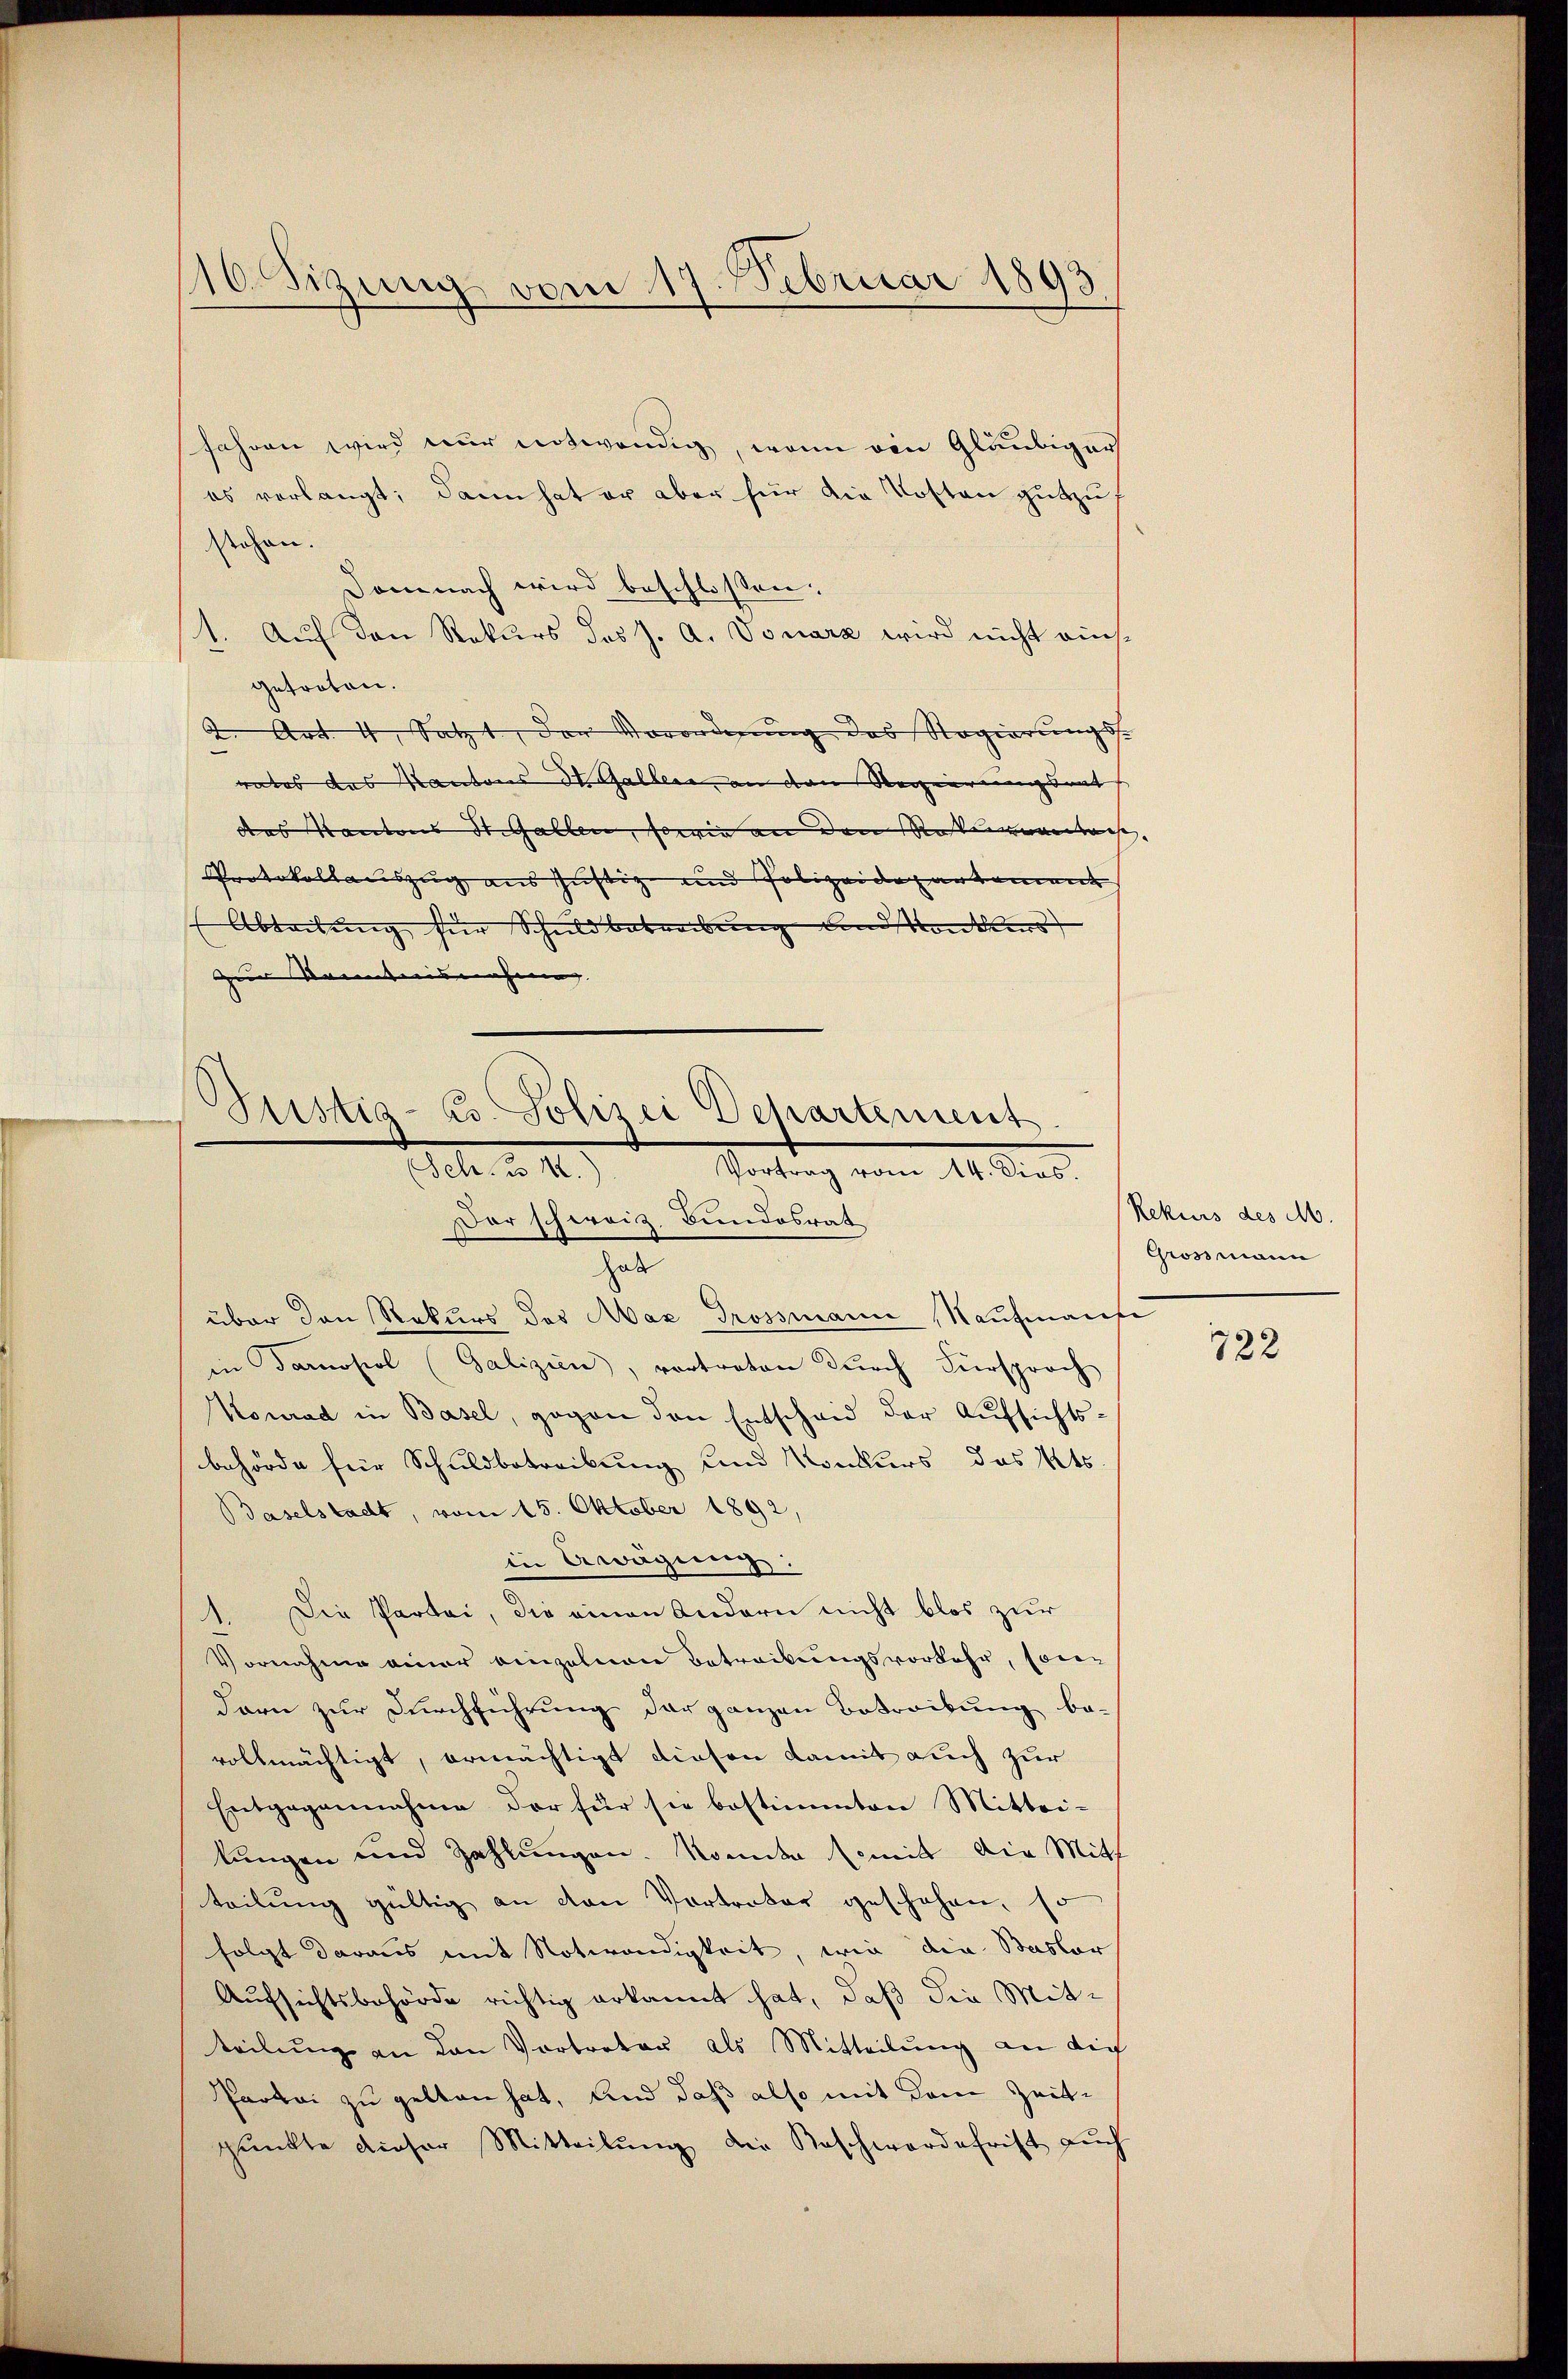
16. Sizung vom 17. Februar 1893
.

Justig- Co. Polizei Departement
10. d. 4.)
Vortrag vom 14. Dies.
Dar schweiz. Bundesrat
hab

fahren wird nur notwendig, wenn ein Gläubigers
es verlangt; dann hat er aber hier die Kosten gutzu
stehen.
Demnach wird beschlossen:
1. Auf den Rekurs des J. A. Vonara wird nicht auch
getreten.
2. Art. 4, Satzt, der Verordnung des Regierungs-
rates des Kantons Schallen, an den Regierungsrat
das Kantons St. Gallen, sowie an den Rossenen ist, |
Protokollauszug aus Justig und Polizeidepartement
Abteilung für Schuldbabreibung und Konkurs
zur Kenntnisnahme |

über den Rekurs des Max Grossmann Naufmanfe
in Barosiol (Galizien, vortreten dŭrch Fürsproch
Konrad in Basel, gegen den Entscheid der Aufsichtsbehörde für Schuldbetreibung und Konkurs des Kts.
Baselstadt, vom 15. Oktober 1892,
in Erwägung:
). Die Partei, die einen Andern nicht blos zur
Vornahme einer einzelnen Betreibungsvorkehr, soien
dern zur Durchführung der ganzen Betreibung be-
vollmächtigt, ermächtigt diesen damit auch zur
Entgegennahme der für sie bestimmten Mittei-
kungen und Zahlungen. Komita somit die Mitt
teilung gültig an von Vortreter geschehen, so
folgt daraus mit Notwendigkeit, wie die Basler
Aufsichtsbehörde richtig erkannt hat, daß die Mitteilung an den Vortreter als Mitteilung an die
Partei zu gelten hat, und daß also mit dem Zeitpunkte dieser Mitteilŭng die Beschwerdefrist auch

Rekurs des M
Grossmann

722